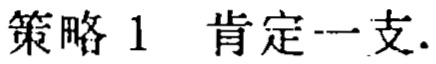
策略 1 肯定一支.